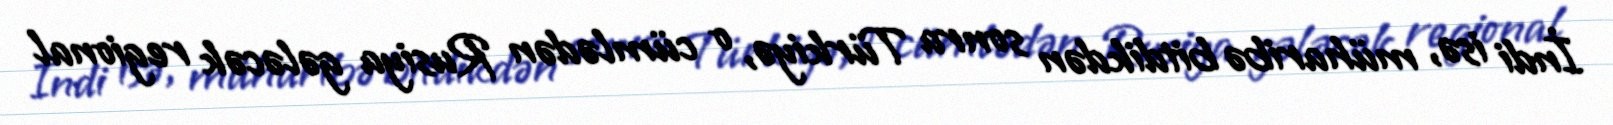
İndi isə, müharibə bitdikdən sonra Türkiyə, o cümlədən Rusiya gələcək regional